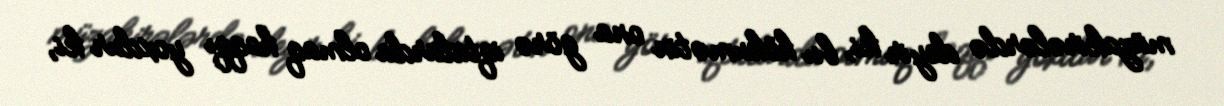
müzakirələrdə deyir ki, bu hökumətin ona görə iqtidarda olmaq haqqı yoxdur ki,